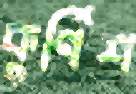
কুর্ণিশ